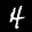
Label: 4